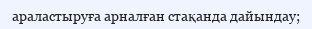
араластыруға арналған стақанда дайындау;